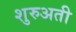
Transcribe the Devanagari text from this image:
शुरुअती